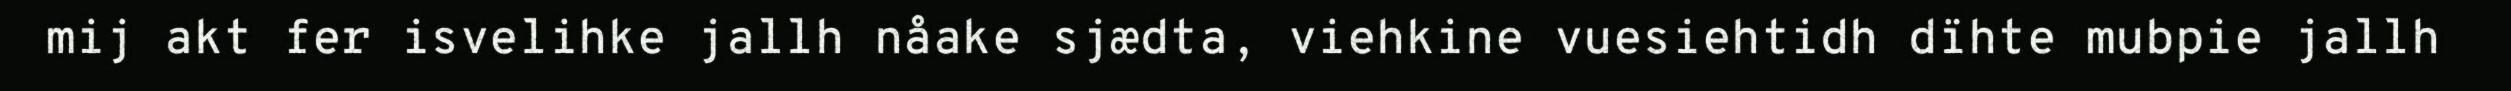
mij akt fer isvelihke jallh nåake sjædta, viehkine vuesiehtidh dïhte mubpie jallh